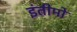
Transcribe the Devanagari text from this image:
इंतीमो